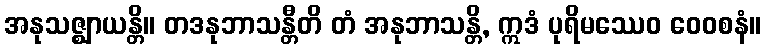
အနုသဇ္ဈာယန္တိ။ တဒနုဘာသန္တီတိ တံ အနုဘာသန္တိ, ဣဒံ ပုရိမဿေဝ ဝေဝစနံ။